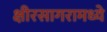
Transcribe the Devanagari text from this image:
क्षीरसागरामध्ये